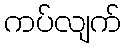
ကပ်လျက်